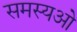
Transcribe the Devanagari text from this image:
समस्यओ